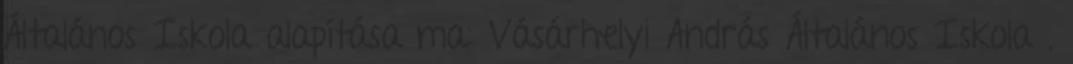
Általános Iskola alapítása ma: Vásárhelyi András Általános Iskola .